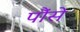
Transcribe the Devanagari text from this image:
पौंसे